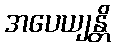
အပေယျန္တိ